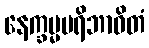
နေက္ခမ္မပရိဘာဝိတံ